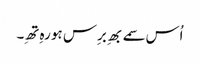
اُس سمے بھِ برِس ہو رہِ تھِ۔